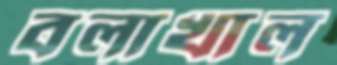
বলাখাল